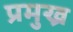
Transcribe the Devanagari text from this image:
प्रमुख्र